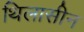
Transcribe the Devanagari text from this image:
थिलासीन